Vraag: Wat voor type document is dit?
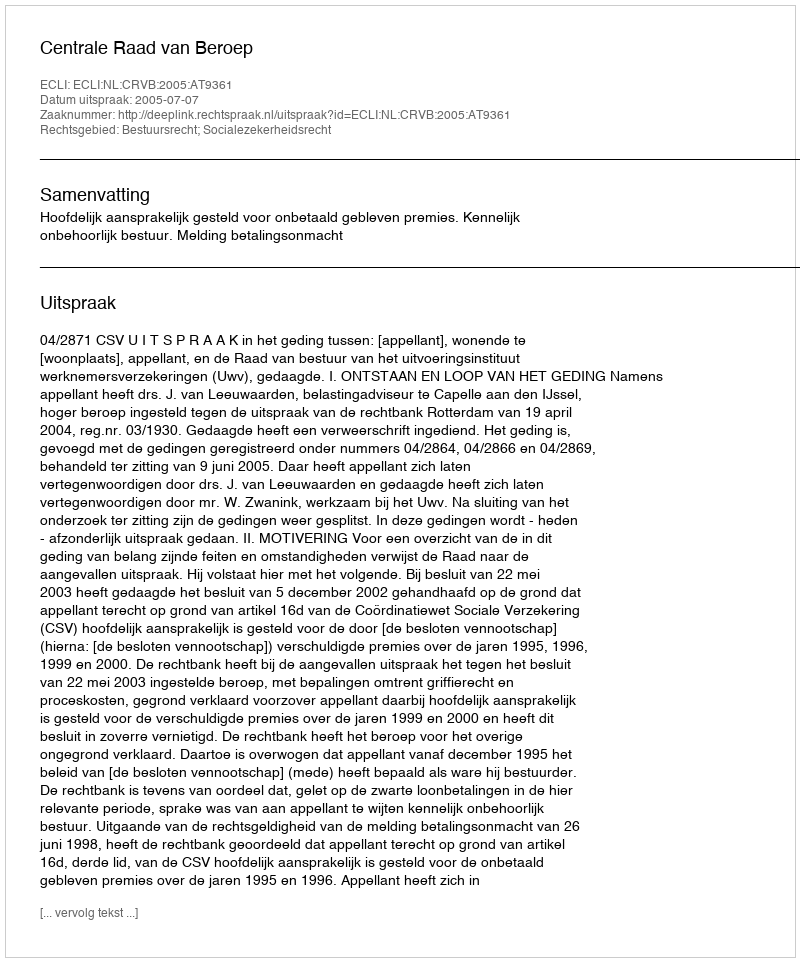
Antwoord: Uitspraak